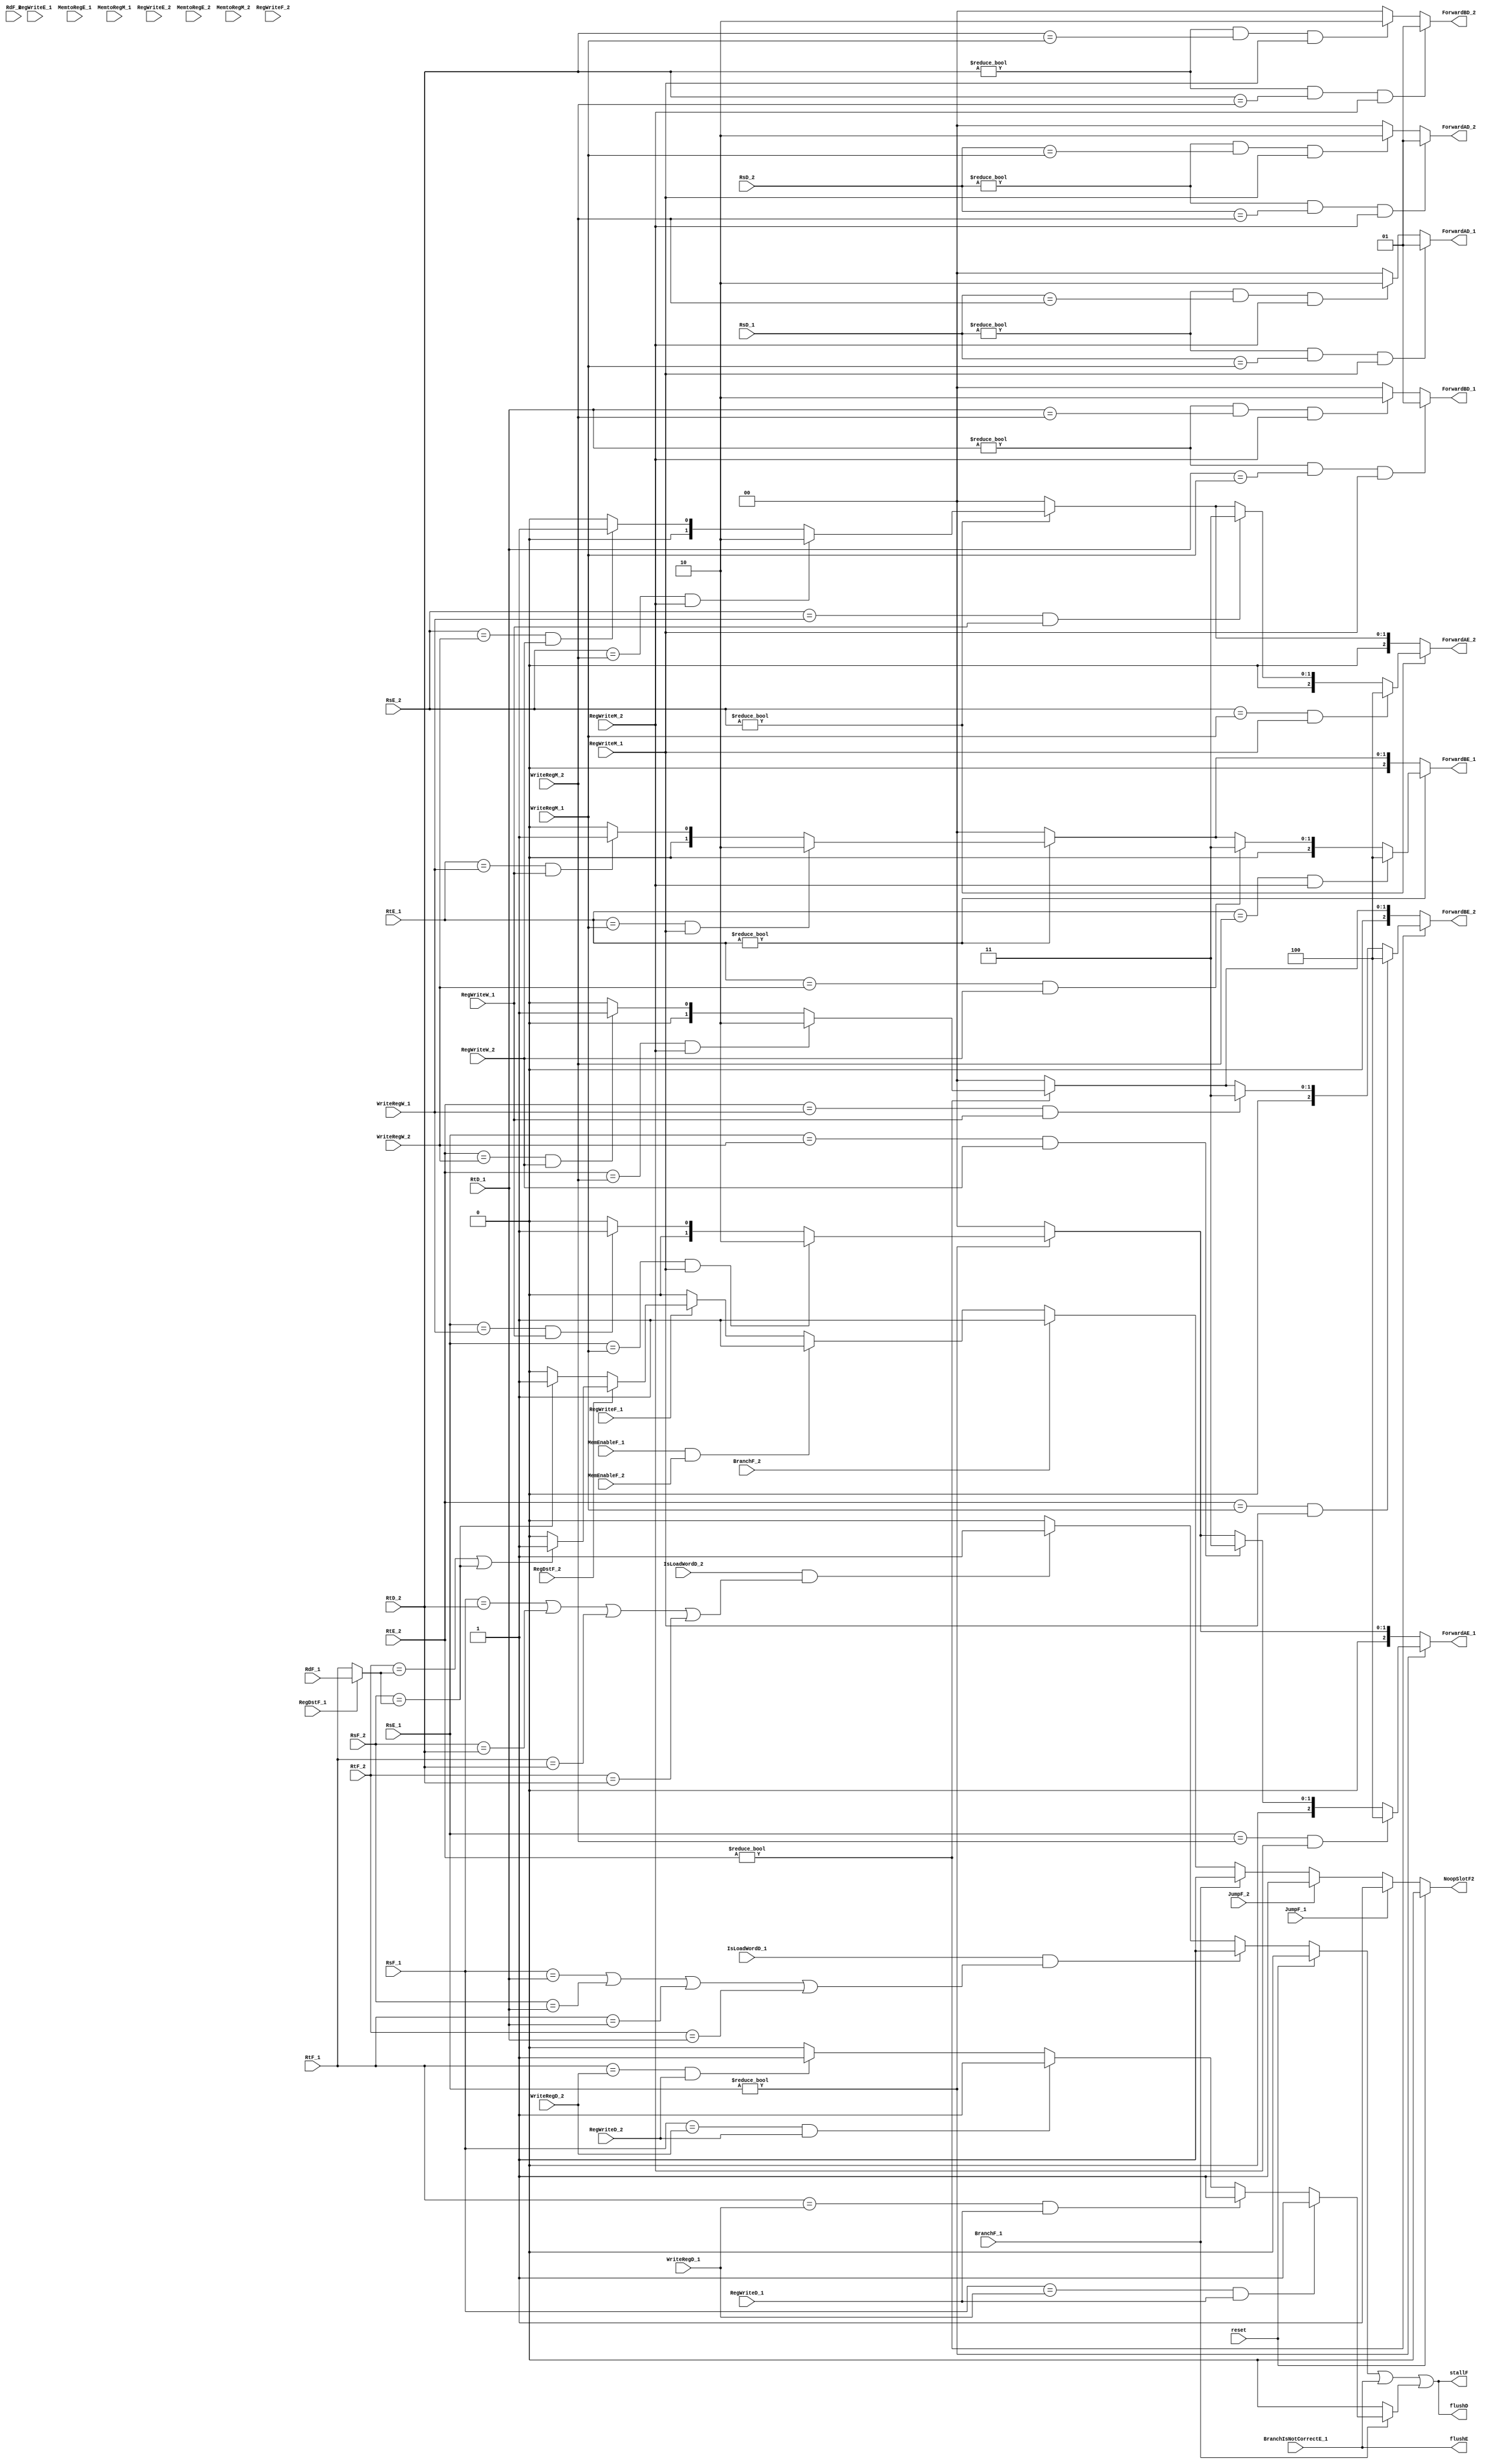
module hazard(	// branch related
		input [4:0] WriteRegD_1, WriteRegD_2,
		input RegWriteD_1, RegWriteD_2,

		input reset,
		//dp1
		output [1:0] ForwardAD_1, ForwardBD_1,
		output reg [2:0] ForwardAE_1, ForwardBE_1,
		input [4:0] RsD_1, RtD_1,
		input [4:0] RsE_1, RtE_1,
		input RegWriteE_1, MemtoRegE_1,
		input RegWriteM_1, MemtoRegM_1,
		input [4:0] WriteRegM_1, WriteRegW_1,
		input RegWriteW_1,

		//dp2
		output [1:0] ForwardAD_2, ForwardBD_2,
		output reg [2:0] ForwardAE_2, ForwardBE_2,
		input [4:0] RsD_2, RtD_2,
		input [4:0] RsE_2, RtE_2,
		input RegWriteE_2, MemtoRegE_2,
		input RegWriteM_2, MemtoRegM_2,
		input [4:0] WriteRegM_2, WriteRegW_2,
		input RegWriteW_2,

		//fetch stage early noop predict
		input RegWriteF_1, RegWriteF_2,
		input RegDstF_1, RegDstF_2,
		input BranchF_1, BranchF_2, // BranchF2 may not be used/Branch could not be in slot2
		input MemEnableF_1, MemEnableF_2,
		input [4:0] RsF_1, RsF_2,
		input [4:0] RtF_1, RtF_2,
		input [4:0] RdF_1, RdF_2,
		input JumpF_1, JumpF_2,
		input IsLoadWordD_1, IsLoadWordD_2,
		output NoopSlotF2,
		
	 
		// stall and flush
		output stallF,
		output flushD,
		output flushE,
		// branch related
		input BranchIsNotCorrectE_1
		//input BranchIsNotCorrectE_2 // NOT USED


		);

		wire lwstall;
		reg lwstall_helper;
		assign lwstall = lwstall_helper;
		always @(*) begin
			lwstall_helper <= 0;
			if(reset) lwstall_helper <= 0;
			else if(IsLoadWordD_1 && ((RsF_1 == RtD_1) || (RsF_2 == RtD_1) || (RtF_1 == RtD_1) || (RtF_2 == RtD_1))) lwstall_helper <= 1;
			else if(IsLoadWordD_2 && ((RsF_1 == RtD_2) || (RsF_2 == RtD_2) || (RtF_1 == RtD_2) || (RtF_2 == RtD_2))) lwstall_helper <= 1;

		end

		wire branchStall;
		assign branchStall = BranchIsNotCorrectE_1;


		reg branchStall_original;// handle branch that use last instructions
		always @(*) begin
			branchStall_original <= 0;

			if(BranchF_1) begin
				if((RsF_1==WriteRegD_1) & RegWriteD_1) branchStall_original <= 1;
				else if((RtF_1==WriteRegD_1) & RegWriteD_1) branchStall_original <= 1;
				else if((RsF_1==WriteRegD_2) & RegWriteD_2) branchStall_original <= 1;
				else if((RtF_1==WriteRegD_2) & RegWriteD_2) branchStall_original <= 1;
			end
		end

		assign stallF = lwstall | branchStall | branchStall_original;
		assign flushD = lwstall | branchStall | branchStall_original;
		assign flushE = branchStall;



		wire [4:0] WriteRegF_1, WriteRegF_2;
		assign WriteRegF_1 = RegDstF_1 ? RdF_1 : RtF_1;
		assign WriteRegF_2 = RegDstF_2 ? RdF_2 : RtF_2;

		reg noop_helper;
		assign NoopSlotF2 = noop_helper;
		always @(*) begin
			noop_helper <= 0;
			if(reset==1) noop_helper <= 0;
			else if(JumpF_1==1) begin noop_helper <= 1; $display("noop case1 %0t", $time);end
			else if(JumpF_2==1)  begin noop_helper <= 1; $display("noop case2 %0t", $time); end 
			else if(BranchF_1==1) begin noop_helper <= 1; $display("noop case3 %0t", $time);end
			else if(BranchF_2==1) begin noop_helper <= 1; $display("noop case4 %0t", $time);end
			else if(MemEnableF_1 & MemEnableF_2) begin noop_helper <= 1; $display("noop case5 %0t", $time);end
			else if(RegWriteF_1) begin
				if(RegDstF_2) begin
					 
					if((RtF_2 == WriteRegF_1) | (RsF_2 == WriteRegF_1))begin noop_helper <= 1; $display("noop case6 %0t", $time);end
				end
				else begin
					if(RsF_2 == WriteRegF_1) begin noop_helper <= 1; $display("noop case7 %0t", $time);end
				end
			end
			//else begin noop_helper <= 0; $display("noop case8 %0t", $time);end
		end


		reg [1:0] forwardAD_1, forwardBD_1;
		reg [1:0] forwardAD_2, forwardBD_2;

		assign ForwardAD_1 = forwardAD_1;
		assign ForwardAD_2 = forwardAD_2;
		assign ForwardBD_1 = forwardBD_1;
		assign ForwardBD_2 = forwardBD_2;
		//Decode stage forwarding
		always @(*) begin
			forwardAD_1 = 2'b00;
			if(RsD_1 != 0 & (RsD_1 == WriteRegM_1) & RegWriteM_1)  forwardAD_1 = 2'b01;
			else if(RsD_1 != 0 & (RsD_1 == WriteRegM_2) & RegWriteM_2)  forwardAD_1 = 2'b10;
			
			forwardAD_2 = 2'b00;
			if(RsD_2 != 0 & (RsD_2 == WriteRegM_2) & RegWriteM_2)  forwardAD_2 = 2'b01;
			else if(RsD_2 != 0 & (RsD_2 == WriteRegM_1) & RegWriteM_1)  forwardAD_2 = 2'b10;
			
			forwardBD_1 = 2'b00;
			if(RtD_1 != 0 & (RtD_1 == WriteRegM_1) & RegWriteM_1) forwardBD_1 = 2'b01;
			else if (RtD_1 != 0 & (RtD_1 == WriteRegM_2) & RegWriteM_2) forwardBD_1 = 2'b10;
		
			forwardBD_2 = 2'b00;
			if((RtD_2 != 0) & (RtD_2 == WriteRegM_2) & RegWriteM_2) forwardBD_2 = 2'b01;
			else if (RtD_2 != 0 & (RtD_2 == WriteRegM_1) & RegWriteM_1) forwardBD_2 = 2'b10;

		end

		
		// execute stage forwarding
		always @* begin
			// for dp1
			ForwardAE_1 <= 3'b000; 
			ForwardBE_1 <= 3'b000; 
			if (RsE_1 != 0) begin
				if ((RsE_1 == WriteRegM_1) & RegWriteM_1) begin
					ForwardAE_1 <= 3'b010;
				end
				else if ((RsE_1 == WriteRegW_1) & RegWriteW_1) begin
					ForwardAE_1 <= 3'b001;
				end
			end
			
			if (RsE_1 != 0) begin
				if ((RsE_1 == WriteRegM_2) & RegWriteM_2) begin
					ForwardAE_1 <= 3'b100;
				end
				else if ((RsE_1 == WriteRegW_2) & RegWriteW_2) begin
					ForwardAE_1 <= 3'b011;
				end
			end

			if (RtE_1 != 0) begin
				if ((RtE_1 == WriteRegM_1) & RegWriteM_1) begin
					ForwardBE_1 <= 3'b010;
				end
				else if ((RtE_1 == WriteRegW_1) & RegWriteW_1) begin
					ForwardBE_1 <= 3'b001; 
				end
			end

			if (RtE_1 != 0) begin
				if ((RtE_1 == WriteRegM_2) & RegWriteM_2) begin
					ForwardBE_1 <= 3'b100;
				end
				else if ((RtE_1 == WriteRegW_2) & RegWriteW_2) begin
					ForwardBE_1 <= 3'b011;
				end
			end
			// for dp2
			ForwardAE_2 <= 3'b000; 
			ForwardBE_2 <= 3'b000; 
			if (RsE_2 != 0) begin
				if ((RsE_2 == WriteRegM_2) & RegWriteM_2) begin
					ForwardAE_2 <= 3'b010;
				end
				else if ((RsE_2 == WriteRegW_2) & RegWriteW_2) begin
					ForwardAE_2 <= 3'b001;
				end
			end
			
			if (RsE_2 != 0) begin
				if ((RsE_2 == WriteRegM_1) & RegWriteM_1) begin
					ForwardAE_2 <= 3'b100;
				end
				else if ((RsE_2 == WriteRegW_1) & RegWriteW_1) begin
					ForwardAE_2 <= 3'b011;
				end
			end

			if (RtE_2 != 0) begin
				if ((RtE_2 == WriteRegM_2) & RegWriteM_2) begin
					ForwardBE_2 <= 3'b010;
				end
				else if ((RtE_2 == WriteRegW_2) & RegWriteW_2) begin
					ForwardBE_2 <= 3'b001; 
				end
			end

			if (RtE_2 != 0) begin
				if ((RtE_2 == WriteRegM_1) & RegWriteM_1) begin
					ForwardBE_2 <= 3'b100;
				end
				else if ((RtE_2 == WriteRegW_1) & RegWriteW_1) begin
					ForwardBE_2 <= 3'b011;
				end
			end
		end

		

endmodule